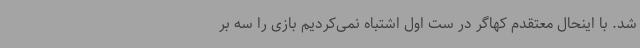
شد. با اینحال معتقدم کهاگر در ست اول اشتباه نمی‌کردیم بازی را سه بر